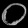
Digit: ၀